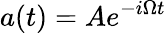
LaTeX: a(t)=Ae^{-i\Omega t}